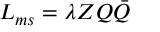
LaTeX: { \cal L } _ { m s } = \lambda Z Q \bar { Q }